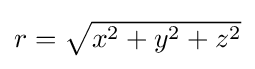
{\textstyle r={\sqrt {x^{2}+y^{2}+z^{2}}}}